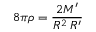
8 \pi \rho = { \frac { 2 M ^ { \prime } } { R ^ { 2 } \, R ^ { \prime } } }